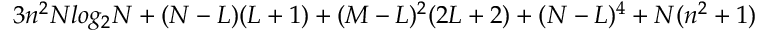
3 n ^ { 2 } N l o g _ { 2 } N + ( N - L ) ( L + 1 ) + ( M - L ) ^ { 2 } ( 2 L + 2 ) + ( N - L ) ^ { 4 } + N ( n ^ { 2 } + 1 )